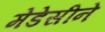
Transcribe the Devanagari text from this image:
मेडेसीने